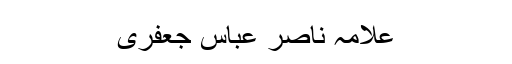
علامہ ناصر عباس جعفری